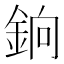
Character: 銄